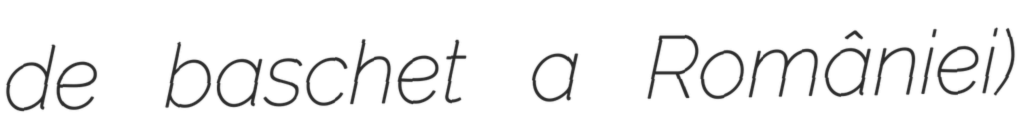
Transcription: de baschet a României)